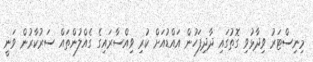
މިނިސްޓަރު ވިދާޅުވި ގޮތުގައި ދާދިފަހުން އައްޑުއަށް ކުރި ވިއްސާރައިގެ ގެއްލުންތައް ސަރުކާރުން ވަނީ